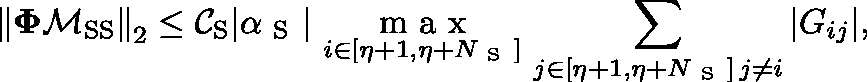
\left\Vert \mathbf { \Phi } \mathbf { \mathcal { M } } _ { \mathrm { S S } } \right\Vert _ { 2 } \leq \mathcal { C } _ { \mathrm { S } } \triangleq | \alpha _ { \mathrm { ~ S ~ } } | \ \underset { i \in [ \eta + 1 , \eta + N _ { \mathrm { ~ S ~ } } ] } { \mathrm { ~ m ~ a ~ x ~ } } \, \sum _ { \substack { j \in [ \eta + 1 , \eta + N _ { \mathrm { ~ S ~ } } ] \, j \neq i } } | G _ { i j } | ,